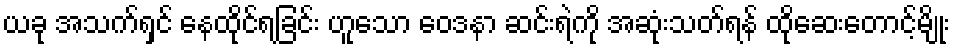
ယခု အသက်ရှင် နေထိုင်ရခြင်း ဟူသော ဝေဒနာ ဆင်းရဲကို အဆုံးသတ်ရန် ထိုဆေးတောင့်မျိုး